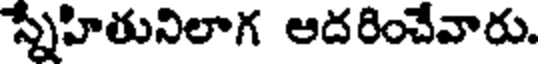
స్నేహితునిలాగ ఆదరించేవారు.